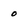
Character: 0